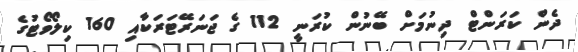
ދެން ކަރަންޓް ދިނުމަށް ބޭނުން ކުރަނީ 112 ގެ ޖަނަރޭޓަރަކާއި 160 ކިލޯވޯޓުގެ